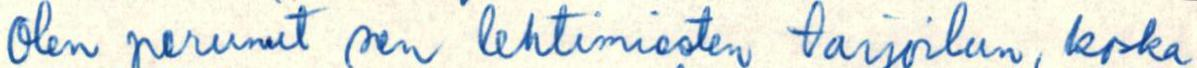
Olen perunut sen lehtimiesten tarjouksen, koska